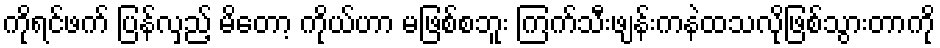
ကိုရင်ဖက် ပြန်လှည့် မိတော့ ကိုယ်ဟာ မဖြစ်စဘူး ကြက်သီးဖျန်းကနဲထသလိုဖြစ်သွားတာကို